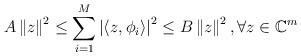
LaTeX: \begin{align*} A\left\|z\right\|^{2} \leq \sum^{M}_{i=1}\left|\left\langle z, \phi_{i}\right\rangle\right|^{2} \leq B\left\|z\right\|^{2}, \forall z \in \mathbb{C}^{m} \end{align*}